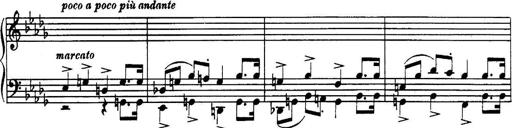
Title: 3 Sonatinas, Op.67
Composer: Jean Sibelius